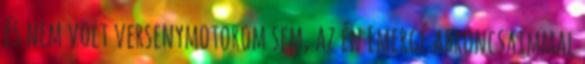
és nem volt versenymotorom sem, az én Emergé abroncsaimmal